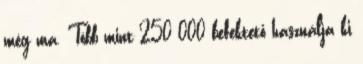
még ma. Több mint 250 000 befektető használja ki